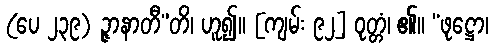
(ပေ ၂၃၉) ဉ္ဇာနာတီ”တိ၊ ဟူ၍။ [ကျမ်း ၉၂] ဝုတ္တံ၊ ၏။ “ဖုဋ္ဌော၊